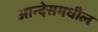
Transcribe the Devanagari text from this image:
आन्देसमधील